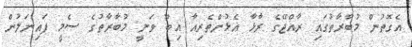
އެގޮތުން މުބާރާތުގައި ރާއްޖޭގެ ރާޅާ އެޅުންތެރިއާ އިބޫ ވަނީ މުބާރާތުގެ ސެމީ ފައިނަލުން